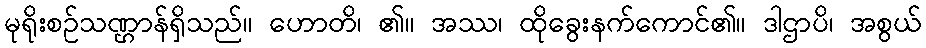
မုရိုးစဉ်သဏ္ဌာန်ရှိသည်။ ဟောတိ၊ ၏။ အဿ၊ ထိုခွေးနက်ကောင်၏။ ဒါဌာပိ၊ အစွယ်